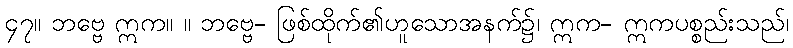
၄၇။ ဘဗ္ဗေ ဣက။ ။ ဘဗ္ဗေ- ဖြစ်ထိုက်၏ဟူသောအနက်၌၊ ဣက- ဣကပစ္စည်းသည်၊